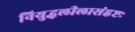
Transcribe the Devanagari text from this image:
नियुद्धलीलासंहृष्टः